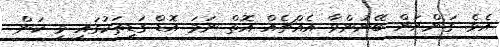
އެވެ. ގަންނަން ބޭނުންވާ އެއްޗެއް އޮތް ނަމަ އޮޑް ގަޑިތަކުގައި މި ކަން